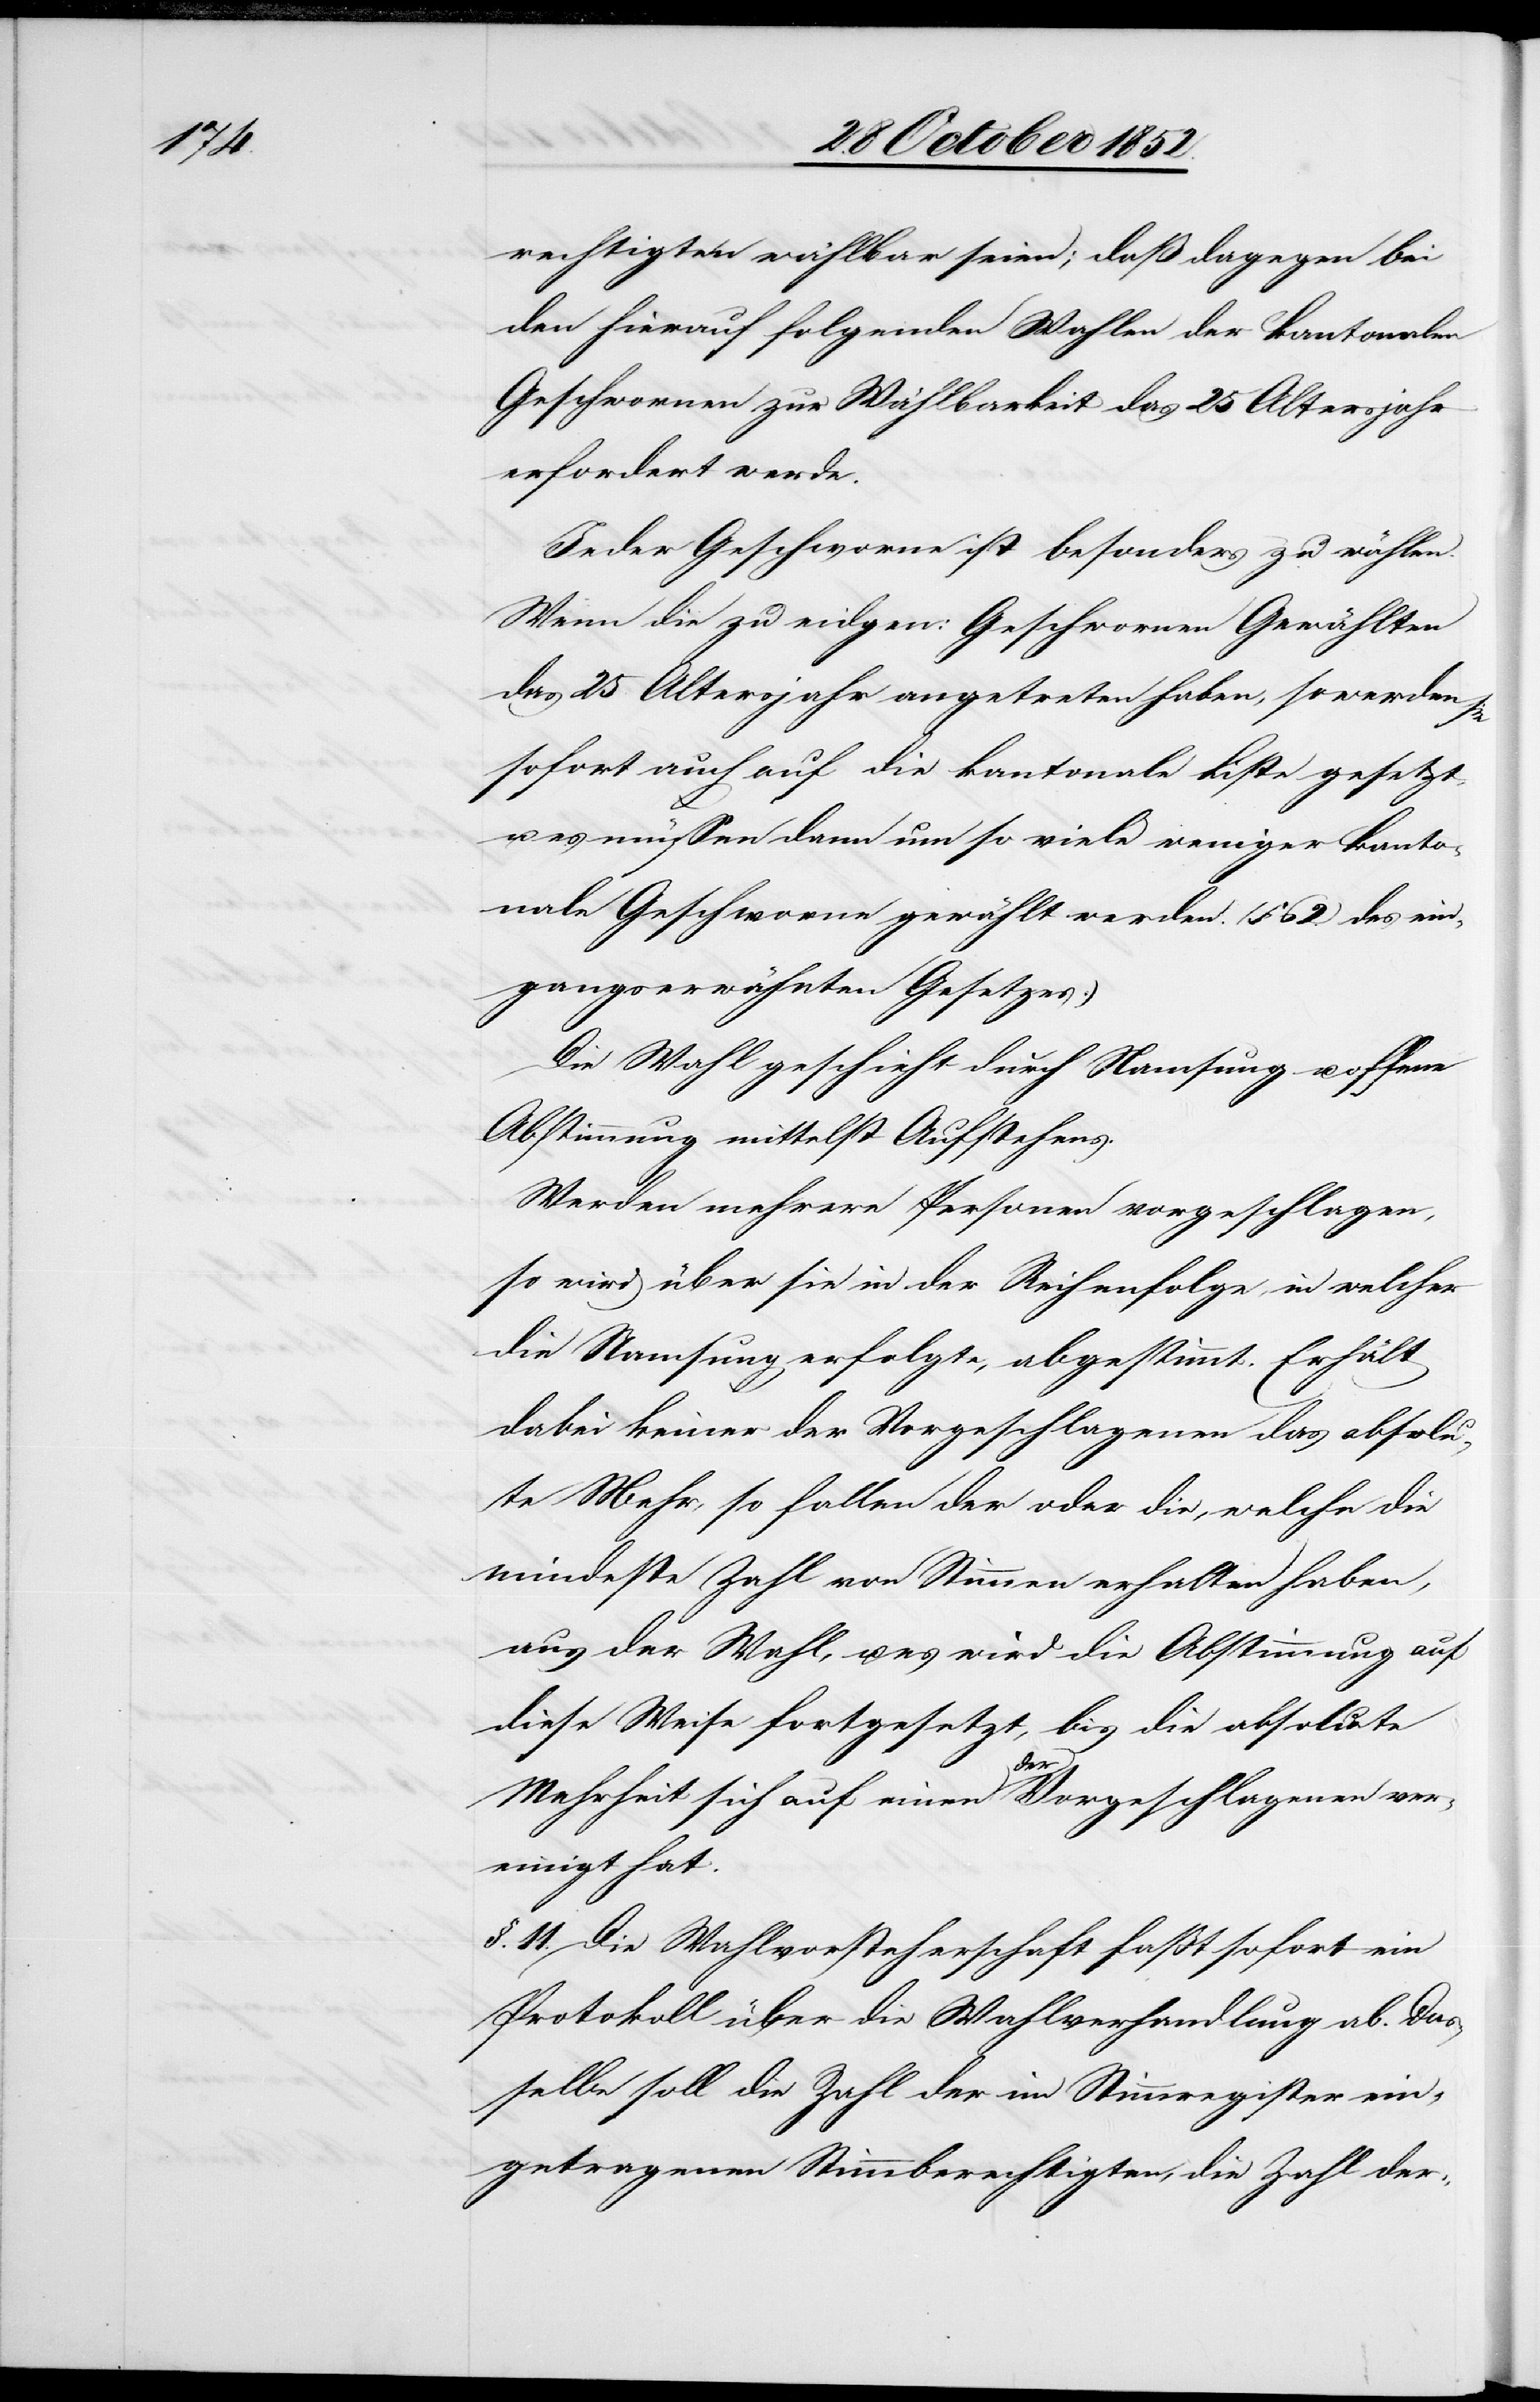
rechtigten wählbar seien; daß dagegen bei
den hierauf folgenden Wahlen der kantonalen
Geschwornen zur Wählbarkeit das 25 Altersjahr
erfordert werde.
Jeder Geschworne ist besonders zu wählen.
Wenn die zu eidgen: Geschwornen Gewählten
das 25 Altersjahr angetreten haben, so werden
sofort auch auf die kantonale Liste gesetzt,
u. es müssen dann um so viele weniger kanto¬
nale Geschworne gewählt werden. (§ 62. des ein¬
gangserwähnten Gesetzes.)
Die Wahl geschieht durch Namsung u. offene
Abstimmung mittelst Aufstehens.
Werden mehrere Personen vorgeschlagen,
so wird über sie in der Reihenfolge in welcher
die Namsung erfolgte, abgestimmt. Erhält
dabei keiner der Vorgeschlagenen das absolu¬
te Mehr, so fallen der oder die, welche die
mindeste Zahl von Stimmen erhalten haben,
aus der Wahl, u. es wird die Abstimmung auf
diese Weise fortgesetzt, bis die absolute
Mehrheit sich auf einen der Vorgeschlagenen ver¬
einigt hat.
§. 11. Die Wahlvorsteherschaft faßt sofort ein
Protokoll über die Wahlverhandlung ab. Das¬
selbe soll die Zahl der im Stimmregister ein¬
getragenen Stimmberechtigten, die Zahl der-